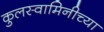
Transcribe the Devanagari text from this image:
कुलस्वामिनीच्या